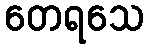
တေရသေ